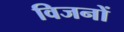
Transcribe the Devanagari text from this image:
विजनों